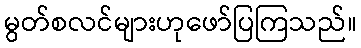
မွတ်စလင်များဟုဖော်ပြကြသည်။